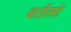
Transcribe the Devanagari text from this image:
बर्तलो